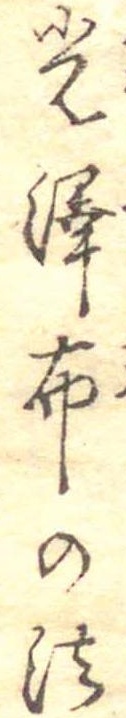
光沢布の法